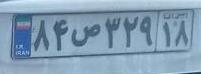
۸۴ص۳۲۹۱۸